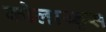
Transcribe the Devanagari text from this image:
कोलाय्ड्स